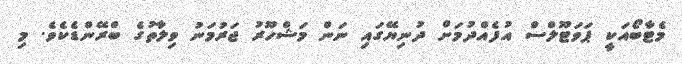
މެޓާބޯއަކީ ޕަވަޓޫލްސް އުފެއްދުމަށް ދުނިޔޭގައި ނަން މަޝްހޫރު ޖަރުމަނު ވިލާތުގެ ބްރޭންޑެކެވެ. މި